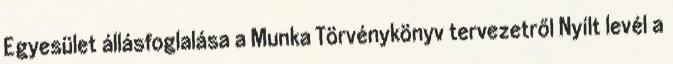
Egyesület állásfoglalása a Munka Törvénykönyv tervezetről Nyílt levél a